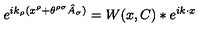
e ^ { i k _ { \rho } ( x ^ { \rho } + \theta ^ { \rho \sigma } \hat { A } _ { \sigma } ) } = W ( x , C ) \ast e ^ { i k \cdot x }